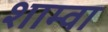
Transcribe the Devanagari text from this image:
शाम्वा